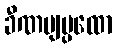
ခီဏဗျပ္ပထော